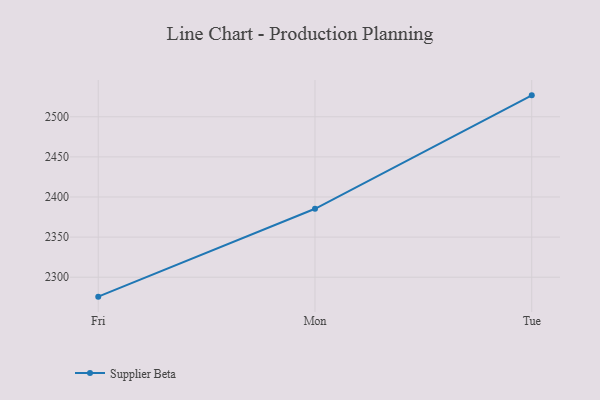
{"axis": {"x": "Day", "y": "Customer Acquisition Cost (USD)"}, "legend": ["Supplier Beta"], "data": [{"x": "Fri", "y": 2275.8, "type": "Supplier Beta"}, {"x": "Mon", "y": 2385.3, "type": "Supplier Beta"}, {"x": "Tue", "y": 2526.7, "type": "Supplier Beta"}]}